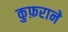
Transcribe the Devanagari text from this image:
कुफ़राने